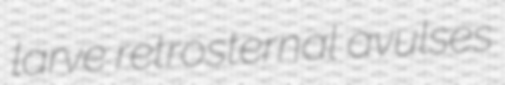
larve retrosternal avulses